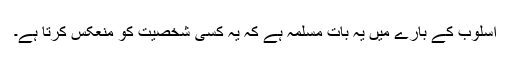
اسلوب کے بارے میں یہ بات مسلمہ ہے کہ یہ کسی شخصیت کو منعکس کرتا ہے۔